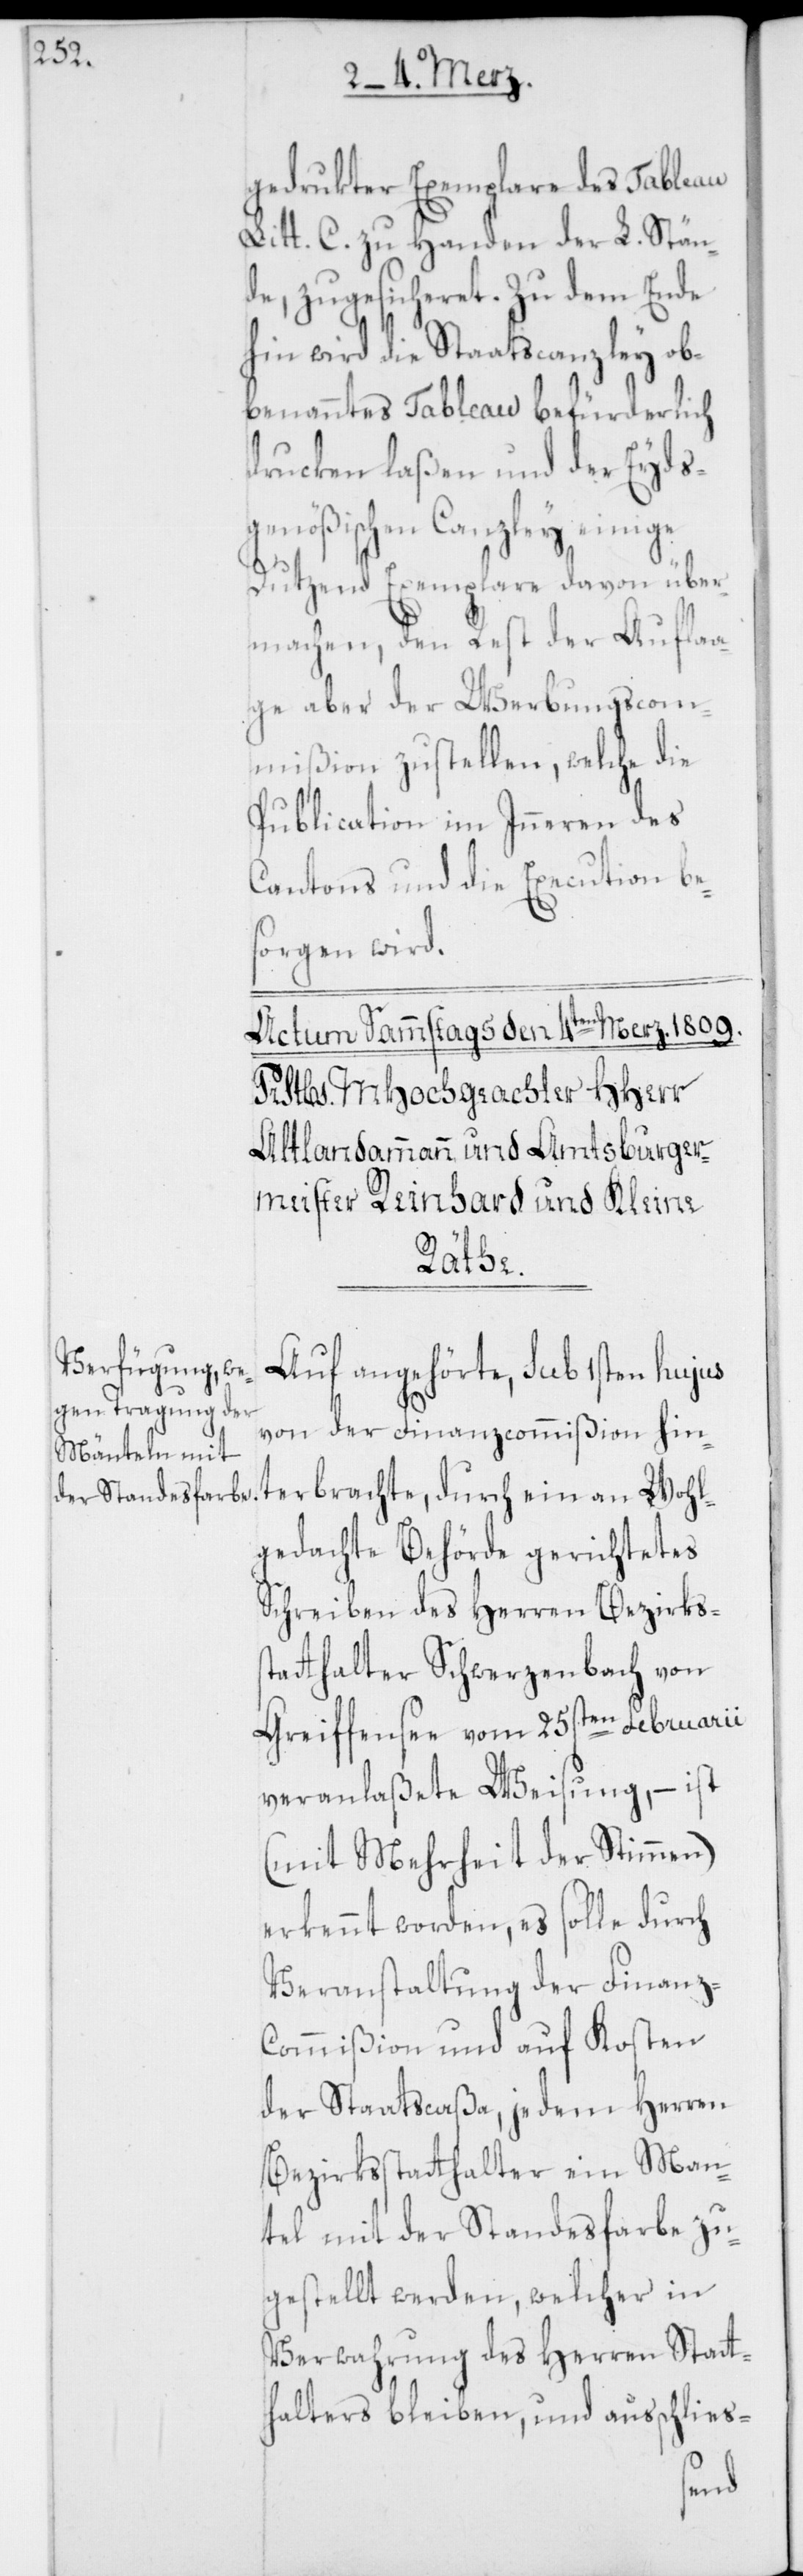
gedrukter Exemplare des Tableau
Litt. C. zu Handen der L. Stän¬
de, zugesicheret. Zu dem Ende
hin wird die Staatscanzley ob¬
benanntes Tableau befürderlich
drucken laßen und der Eyds¬
genößischen Canzley einige
Dutzend Exemplare davon über¬
machen, den Rest der Aufla¬
ge aber der Werbungscom¬
mißion zustellen, welche die
Publication im Inneren des
Cantons und die Execution be¬
sorgen wird.
rbrachte,
Auf angehörte, sub 1sten hujus
von der Finanzcommißion hinte¬
gedachte Behörde gerichtetes
Schreiben des Herren Bezirkss¬
tatthalter Schwerzenbach von
Greifensee vom 25sten Februarii
veranlaßete Weisung, – ist
(mit Mehrheit der Stimmen)
erkennt worden, es solle durch
Veranstaltung der Finanz-C¬
ommißion und auf Kosten
der Staatscaßa, jedem Herren
Bezirksstatthalter ein Man¬
tel mit der Standesfarbe zu¬
gestellt werden, welcher in
Verwahrung des Herren Statt¬
halters bleiben, und ausschlies-
wohl¬